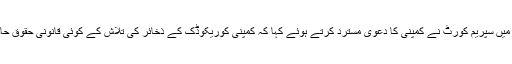
2013 ء میں سپریم کورٹ نے کمپنی کا دعوی مسترد کرتے ہوئے کہا کہ کمپنی کوریکوڈک کے ذخائر کی تلاش کے کوئی قانونی حقوق حاصل نہیں۔